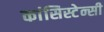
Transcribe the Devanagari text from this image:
कांसिस्टेन्सी